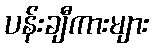
ပန်းချီကားများ